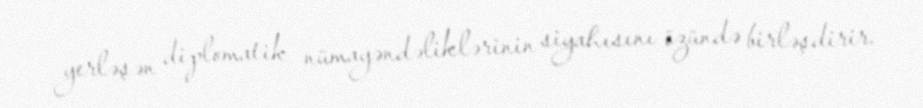
yerləşən diplomatik nümayəndəliklərinin siyahısını özündə birləşdirir.